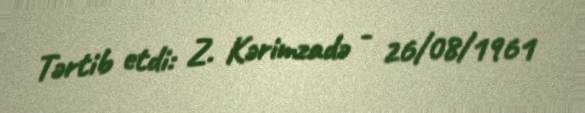
Tərtib etdi: Z. Kərimzadə - 26/08/1961